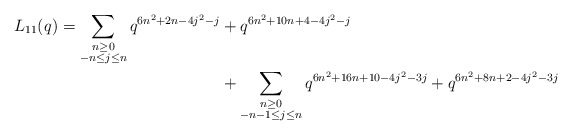
\begin{align*} \begin{aligned}L_{11}(q) = \sum_{\substack{n \geq 0 \\ -n \leq j \leq n}} q^{6n^2 + 2n - 4j^2 -j} & + q^{6n^2 + 10n + 4 - 4j^2 - j} \\& + \sum_{\substack{n \geq 0 \\ -n-1 \leq j \leq n}} q^{6n^2 + 16n + 10 - 4j^2 - 3j} + q^{6n^2 + 8n + 2 - 4j^2 - 3j}\end{aligned}\end{align*}